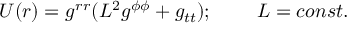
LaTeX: U ( r ) = g ^ { r r } ( L ^ { 2 } g ^ { \phi \phi } + g _ { t t } ) ; \; \; \; \; \; \; \; \; L = c o n s t .